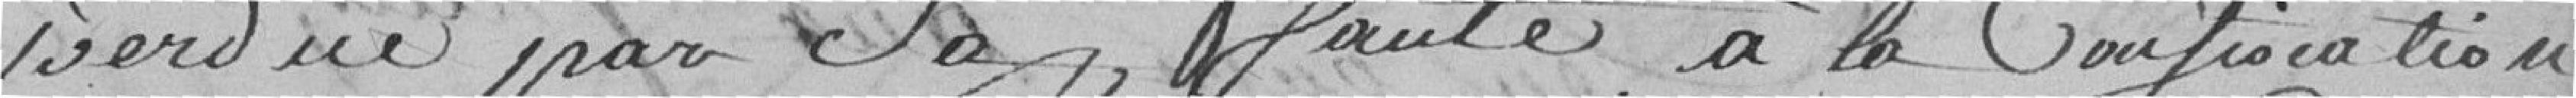
perdue par sa faute, à la confiscation